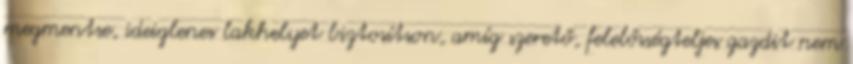
megmentse, ideiglenes lakhelyet biztosítson, amíg szerető, felelősségteljes gazdit nem